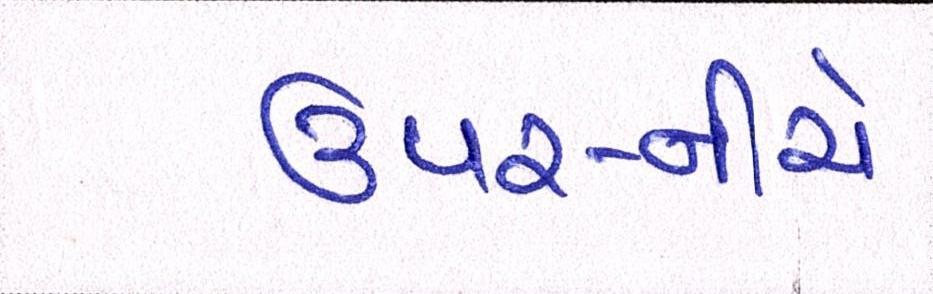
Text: ઉપર-નીચે